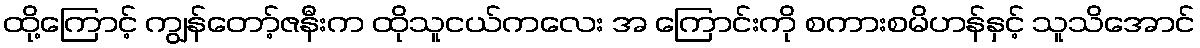
ထို့ကြောင့် ကျွန်တော့်ဇနီးက ထိုသူငယ်ကလေး အ ကြောင်းကို စကားစမိဟန်နှင့် သူသိအောင်